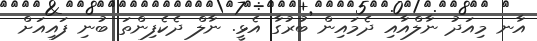
އާނ މިއަދު ނާލްއާއި ދެމައިން ބުރުގާ އެޅީ. ނާލް ދެކެފިންތަ ބުނި ފައިއަށް